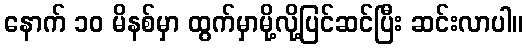
နောက် ၁၀ မိနစ်မှာ ထွက်မှာမို့လို့ပြင်ဆင်ပြီး ဆင်းလာပါ။